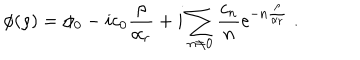
\phi ( \rho ) = \phi _ { 0 } - i c _ { 0 } { \frac { \rho } { \alpha _ { r } } } + i \sum _ { n \neq 0 } \frac { c _ { n } } { n } \mathrm { e } ^ { - n { \frac { \rho } { \alpha _ { r } } } } \ .